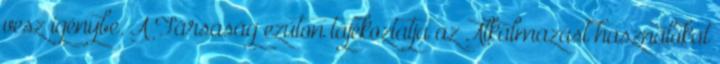
vesz igénybe. A Társaság ezúton tájékoztatja az Alkalmazást használókat